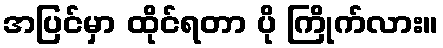
အပြင်မှာ ထိုင်ရတာ ပို ကြိုက်လား။